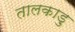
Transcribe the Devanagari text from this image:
तालकाड़ु